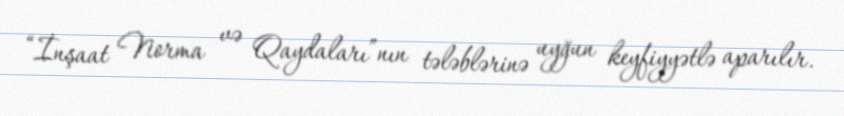
“İnşaat Norma və Qaydaları”nın tələblərinə uyğun keyfiyyətlə aparılır.